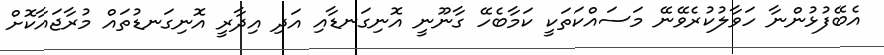
އެބޭފުޅުންނާ ހަވާލުކުރެވޭނޭ މަސައްކަތަކީ ކަމާބެހޭ ގާނޫނީ އޮނިގަނޑާއި އަދި އިދާރީ އޮނިގަނޑުތައް މުރާޖައާކޮށް